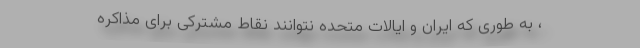
، به طوری که ایران و ایالات متحده نتوانند نقاط مشترکی برای مذاکره